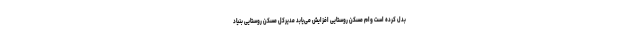
بدل کرده است وام مسکن روستایی افزایش می‌یابد مدیرکل مسکن روستایی بنیاد